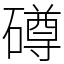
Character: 𥖁